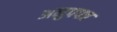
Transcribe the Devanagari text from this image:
अनुपपत्र